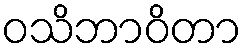
ဝသိဘာဝိတာ